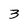
Character: 3